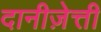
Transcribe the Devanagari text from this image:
दानीज़ेत्ती